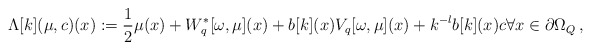
\begin{align*}\Lambda[k](\mu,c)(x) :=\frac{1}{2}\mu(x) +W_{q}^\ast[\omega,\mu](x)+b[k](x)V_{q}[\omega, \mu](x) +k^{-l}b[k](x) c \forall x \in \partial \Omega_Q\, ,\end{align*}